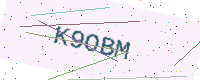
Text: K9OBM